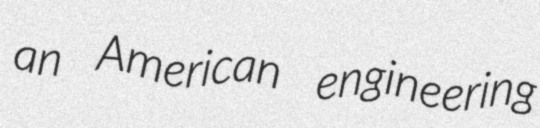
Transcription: an American engineering